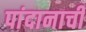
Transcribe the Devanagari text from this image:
पांदानाची